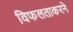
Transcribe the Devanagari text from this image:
विफलताकरने